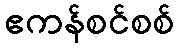
ဧကန်စင်စစ်